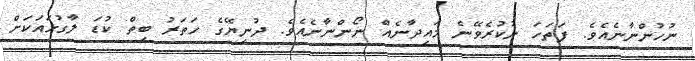
ނުހުންނާނެއެވެ. ފަތަހަ ނުކުރެވޭނެ މައިދާނެއް ނޯންނާނެއެވެ. ދުނިޔޭގެ ހަތަރު ބިތް ކުޑަ ލާގުޅައަކަށް